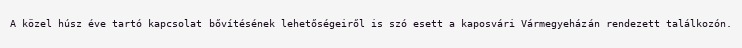
A közel húsz éve tartó kapcsolat bővítésének lehetőségeiről is szó esett a kaposvári Vármegyeházán rendezett találkozón.